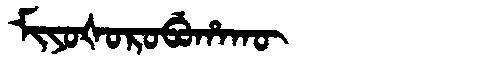
Manchu: ᠮᡳᠶᠣᡧᠣᡵᠣᠪᡠᡥᠠᡴᡡ
Romanization: MIYOŠOROBUHAKŪ